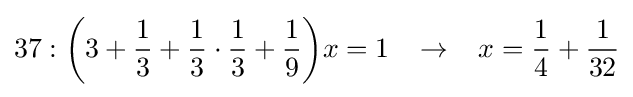
37:{\bigg (}3+{\frac {1}{3}}+{\frac {1}{3}}\cdot {\frac {1}{3}}+{\frac {1}{9}}{\bigg )}x=1\;\;\;\rightarrow \;\;\;x={\frac {1}{4}}+{\frac {1}{32}}